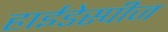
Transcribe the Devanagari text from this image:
हाईडेस्पीज